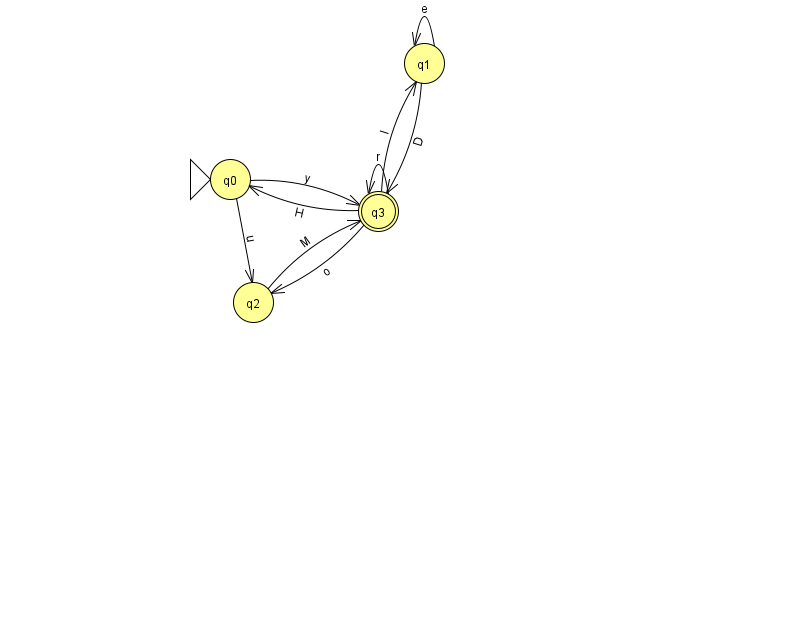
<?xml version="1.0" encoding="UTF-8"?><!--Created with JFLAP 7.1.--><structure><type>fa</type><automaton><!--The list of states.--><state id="0" name="q0"><x>230.0</x><y>166.0</y><initial/></state><state id="1" name="q1"><x>424.0</x><y>50.0</y></state><state id="2" name="q2"><x>253.0</x><y>289.0</y></state><state id="3" name="q3"><x>378.0</x><y>198.0</y><final/></state><!--The list of transitions.--><transition><from>1</from><to>3</to><read>D</read></transition><transition><from>3</from><to>3</to><read>r</read></transition><transition><from>1</from><to>1</to><read>e</read></transition><transition><from>0</from><to>2</to><read>u</read></transition><transition><from>3</from><to>1</to><read>l</read></transition><transition><from>2</from><to>3</to><read>M</read></transition><transition><from>3</from><to>2</to><read>o</read></transition><transition><from>3</from><to>0</to><read>H</read></transition><transition><from>0</from><to>3</to><read>y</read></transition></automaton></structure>